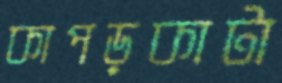
কাপড়কাটা